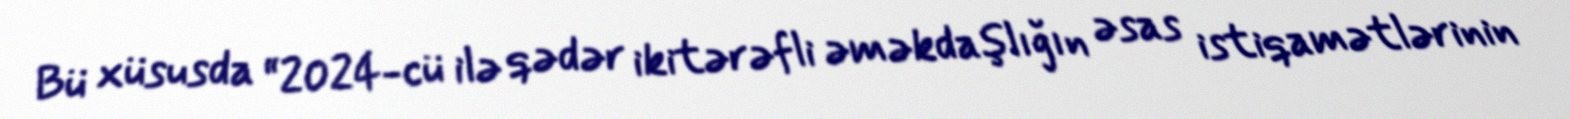
Bü xüsusda “2024-cü ilə qədər ikitərəfli əməkdaşlığın əsas istiqamətlərinin